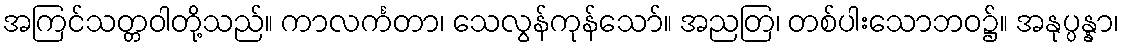
အကြင်သတ္တဝါတို့သည်။ ကာလင်္ကတာ၊ သေလွန်ကုန်သော်။ အညတြ၊ တစ်ပါးသောဘဝ၌။ အနုပ္ပန္နာ၊